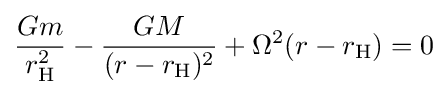
{\frac {Gm}{r_{\mathrm {H} }^{2}}}-{\frac {GM}{(r-r_{\mathrm {H} })^{2}}}+\Omega ^{2}(r-r_{\mathrm {H} })=0